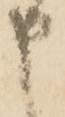
申